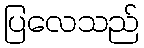
ပြလေသည်